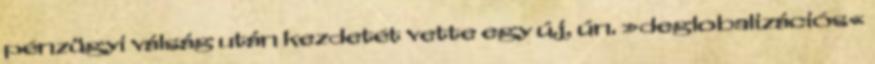
pénzügyi válság után kezdetét vette egy új, ún. »deglobalizációs«